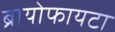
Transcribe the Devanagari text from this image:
ब्रायोफायटा